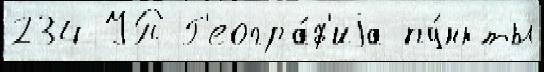
234 УП Г'еогра́ф'иjа пу́нкты